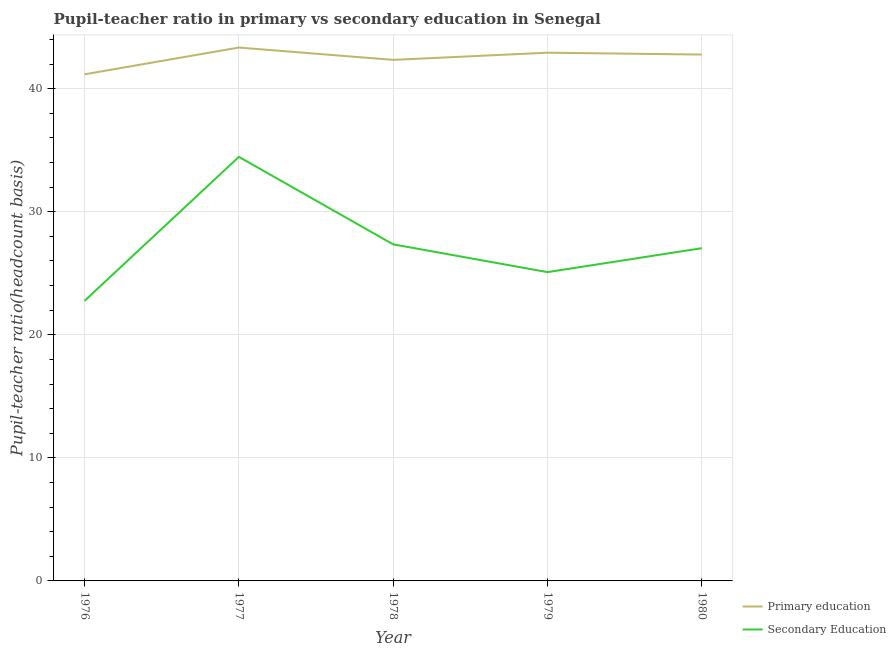
| Year | Primary education | Secondary Education |
 | --- | --- | --- |
 | 1976 | 41.2 | 22.8 |
 | 1977 | 43.3 | 34.5 |
 | 1978 | 42.3 | 27.3 |
 | 1979 | 42.9 | 25.1 |
 | 1980 | 42.8 | 27 |